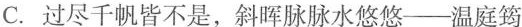
C. 尽千帆皆不是，斜晖脉脉水悠悠—温庭筠